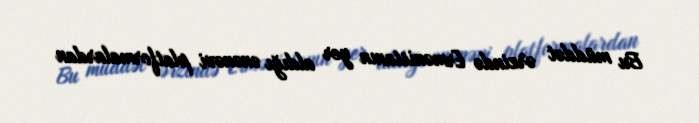
Bu müddət ərzində Ermənistanın yer aldığı ənənəvi platformalardan